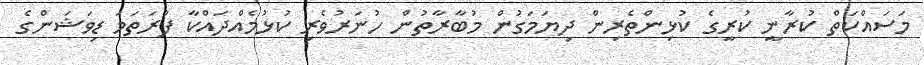
މަސައްކަތް ކުރާނީ ކުރީގެ ކުޅިންތެރިން ދިޔަމަގުން މުބާރާތުން ހުނަރުވެރި ކުޅުމެއްދައްކާ ފުރަތަމަ ޑިވަޝަންގެ